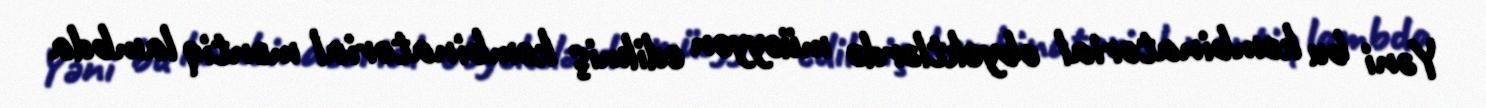
Yəni bu kombinatorial obyektlərdə müəyyən edilmiş kombinatorial məntiq lambda